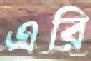
এরি